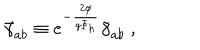
\bar { \gamma } _ { a b } \equiv e ^ { - \frac { 2 \phi } { q \Phi _ { h } } } \tilde { \gamma } _ { a b } \; ,